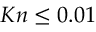
K n \leq 0 . 0 1